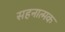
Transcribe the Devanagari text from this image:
सहनात्मक